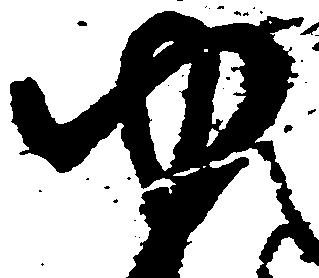
ゆ